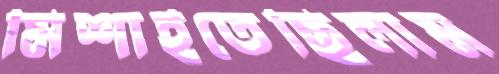
মিশাইতেছিলাম